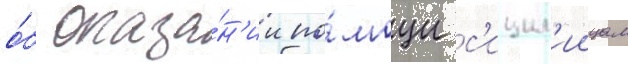
о́б оказа́н'ии по́мощи с'ицил'иицам